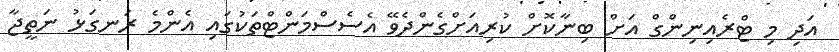
އަދި މި ޓްރެއިނިންގް އަށް ބިނާކޮށް ކުރިއަށްގެންދެވޭ އެސެސްމަންޓްތަކުގައި އެންމެ ރަނގަޅު ނަތީޖާ